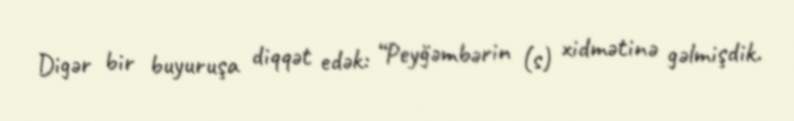
Digər bir buyuruşa diqqət edək: “Peyğəmbərin (s) xidmətinə gəlmişdik.